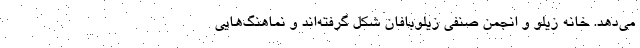
می‌دهد. خانه زیلو و انجمن صنفی زیلوبافان شکل گرفته‌اند و نماهنگ‌هایی